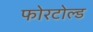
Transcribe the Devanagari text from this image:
फोरटोल्‍ड